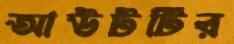
আউটটির